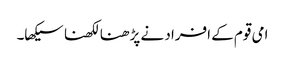
امی قوم کے افراد نے پڑھنا لکھنا سیکھا۔